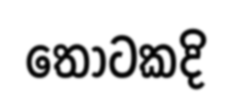
තොටකදි